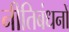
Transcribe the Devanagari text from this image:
नीतिबंधनों